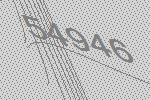
54946